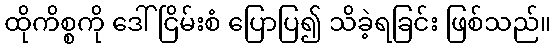
ထိုကိစ္စကို ဒေါ်ငြိမ်းစံ ပြောပြ၍ သိခဲ့ရခြင်း ဖြစ်သည်။